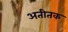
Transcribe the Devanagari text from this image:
अतीतक